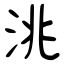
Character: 洮